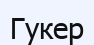
Гукер